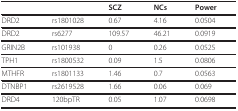
<table><thead><tr><td></td><td></td><td><b>SCZ</b></td><td><b>NCs</b></td><td><b>Power</b></td></tr></thead><tbody><tr><td>DRD2</td><td>rs1801028</td><td>0.67</td><td>4.16</td><td>0.0504</td></tr><tr><td>DRD2</td><td>rs6277</td><td>109.57</td><td>46.21</td><td>0.0919</td></tr><tr><td>GRIN2B</td><td>rs101938</td><td>0</td><td>0.26</td><td>0.0525</td></tr><tr><td>TPH1</td><td>rs1800532</td><td>0.09</td><td>1.5</td><td>0.0806</td></tr><tr><td>MTHFR</td><td>rs1801133</td><td>1.46</td><td>0.7</td><td>0.0563</td></tr><tr><td>DTNBP1</td><td>rs2619528</td><td>1.66</td><td>0.06</td><td>0.069</td></tr><tr><td>DRD4</td><td>120bpTR</td><td>0.05</td><td>1.07</td><td>0.0698</td></tr></tbody></table>